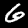
Label: 6